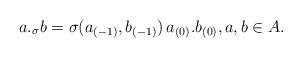
LaTeX: \begin{align*} a._{\sigma}b = \sigma(a_{(-1)},b_{(-1)})\, a_{(0)}.b_{(0)},a,b\in A.\end{align*}